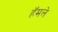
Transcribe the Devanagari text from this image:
हॅमले